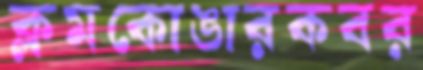
ক্লমকোঙারকবর